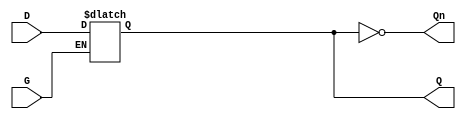
module async_gated_latch (
    input wire D,      // Data input
    input wire G,      // Enable signal
    output reg Q,      // Output
    output wire Qn     // Complement of output
);

// Complement of Q
assign Qn = ~Q;

// Latch behavior
always @(*) begin
    if (G) begin
        Q = D; // When G is high, Q follows D
    end
    // When G is low, Q retains its previous value
end

endmodule